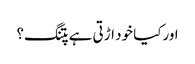
اورکیا خود اڑتی ہے پتنگ؟